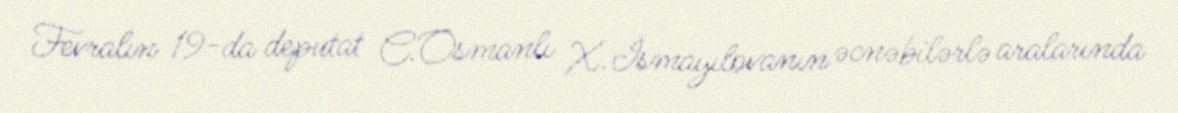
Fevralın 19-da deputat C.Osmanlı X.İsmayılovanın əcnəbilərlə aralarında